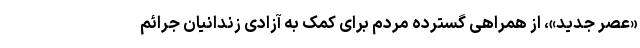
«عصر جدید»، از همراهی گسترده مردم برای کمک به آزادی زندانیان جرائم